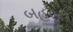
બહલ